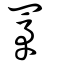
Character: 罞